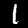
Label: 1